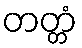
တတ္တံ